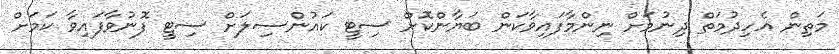
މަތިން އެހިދުމަތް ދިނުމަށް ނިންމާފައިވާކަން ބަޔާންކޮށް ސިޓީ ކައުންސިލަށް ސިޓީ ފޮނުވާފައިވާ ކަމަށް